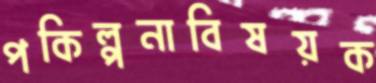
পকিল্পনাবিষয়ক